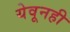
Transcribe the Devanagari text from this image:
येवूनही